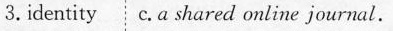
3. dentity c.A shared online journal.